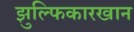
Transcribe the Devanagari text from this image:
झुल्फिकारखान